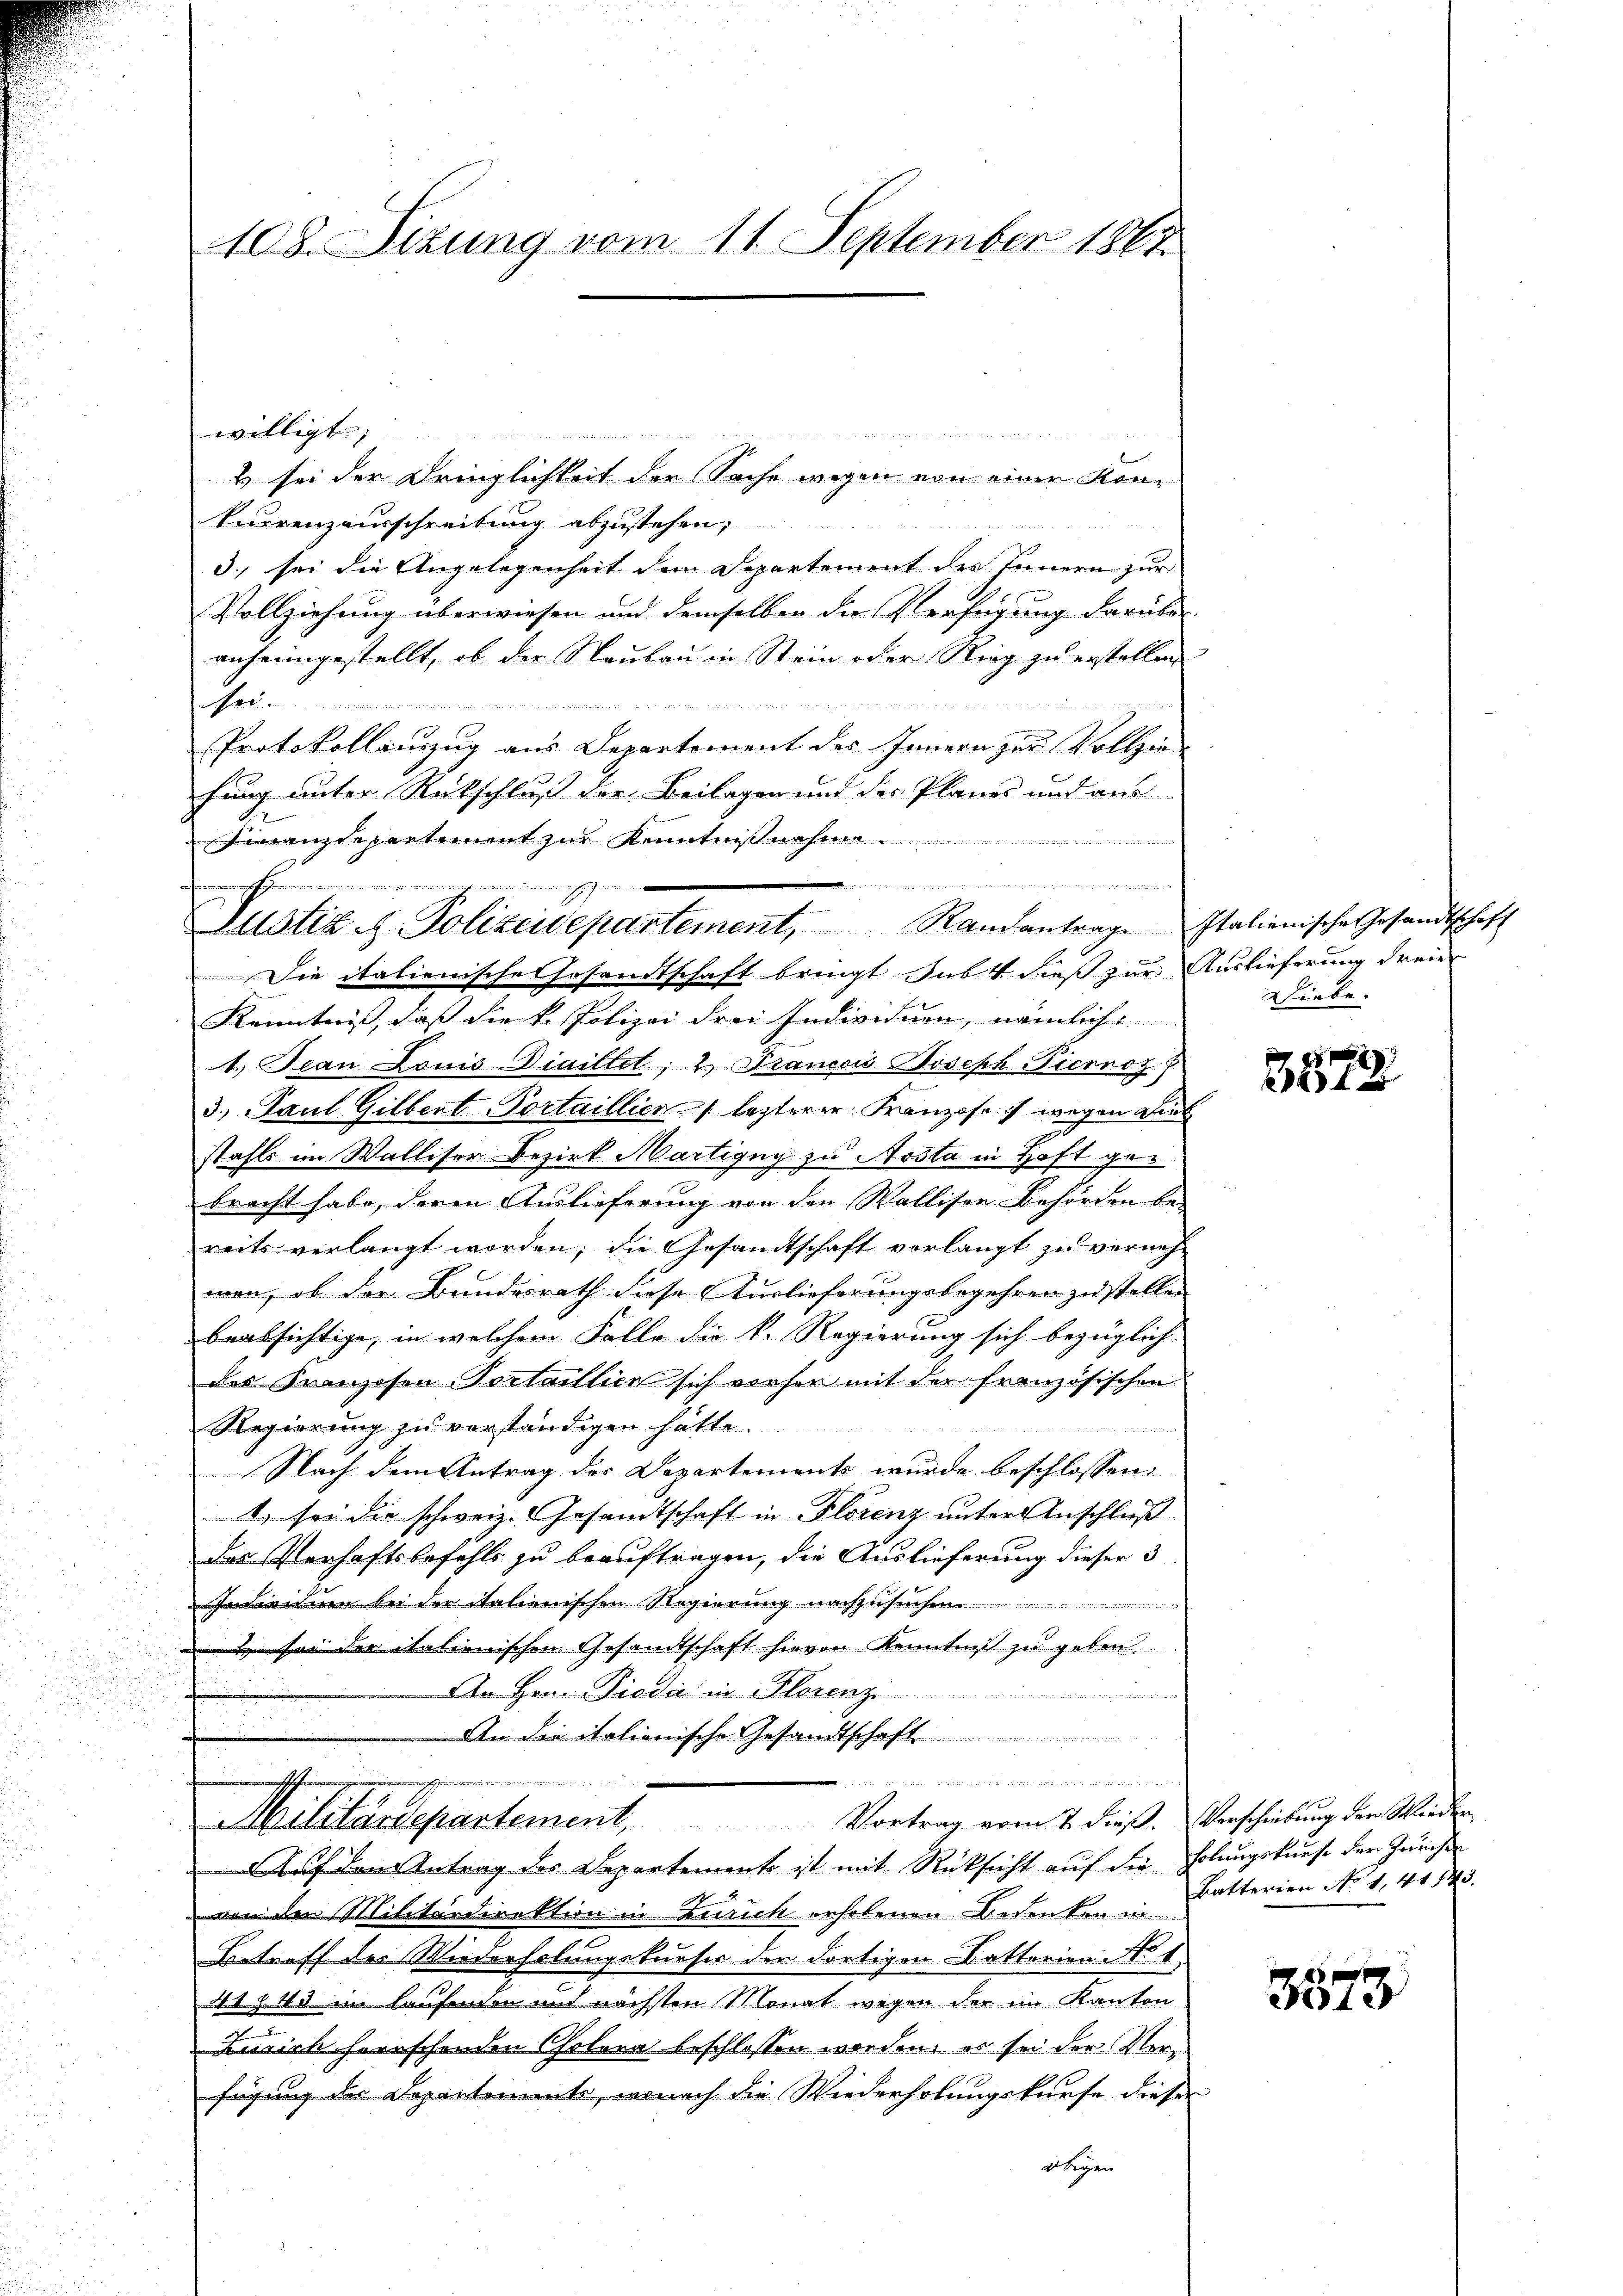
108. Sizung vom 11. September 1861.

willigt
& sei der Dringlichkeit der Sache wegen von einer Kon¬
Euerenzausschreibung abzustehen,
4
3., sei die Angelegenheit dem Departement des Innern zur
Vollziehung überwiesen und demselben die Verfügung darüber
anheimgestellt, ob der Raubau in Stein oder Ring zu erstellen
se

Protokollinzug aus Departement des Innern zur Vollzie-
fung unter Rückschluß der Beilagen und der Planes und aus
hinanzdepartement zur Kenntnißnahme.
Die italienische Gesandtschaft bringt Sub 4 dies zur Auslieferung dreier
Kenntnis, daß die k. Polizei drei Individuen, nämliche
1. Jean Louis Diailtet; 2. Trancois Joseph Picrnoz. B
3. Paul Gilbert Portaillien letzterer Franzose, wegen dies
stahls im Walliser Bezirk Martigny zu Nosta in Haft gebracht habe, deren Auslieferung von den Walliser Behörden be-
reits verlangt worden; die Gesandtschaft verlangt zu vernehmen, ob der Bundesrath diese Auslieferungsbegehren zu stellen
beabsichtige, in welchem Falle die k. Regierung sich bezüglich
der Franzosen Portaillien sich vorher mit der französischen
Regierung zu verständigen hätte.
etl mit der
a
Nach dem Antrag der Departements wurde beschlossen:
1. sei die schweiz. Gesamtschaft in Florenz unter Anschluß
das Verhaftsbefehls zu beauftragen, die Auslieferung dieser 3
iritum bei der italienischen Regierung nachzus
& sei der italienischen Gesandtschaft hievon Kenntniß zu geben.
An Hrn. Siedici in Florenz
e
er
An die itationische Gesandtschaft
mine sehenen
das ehe zeit in an der
Militärdepartement. Vortrag vom 7. dieβ. Verschiebung der Wieden
Auf dem Antrag des Departemente ist mit Rücksicht auf die holungskurse der Zürcher
von den Militärdirektion in Zürich erholenen Bedenken in
Betreff der Wiederholungskauser der dortigen Batterien No 1
41 f. 43. im laufenden mit nächsten Monat wegen der im Kanton
Zusich herrschenden Cholera beschlossen worden, es sei der Verfügung der Departeriente, wonach die Wiederholungskurse dieser
Flegen

h
mstit. H. Polizeidepartement, Randantrage Italienische Gesandtschaft

e g der gegen

Diebe.

x
5

Batterien No 1,41145.

3873